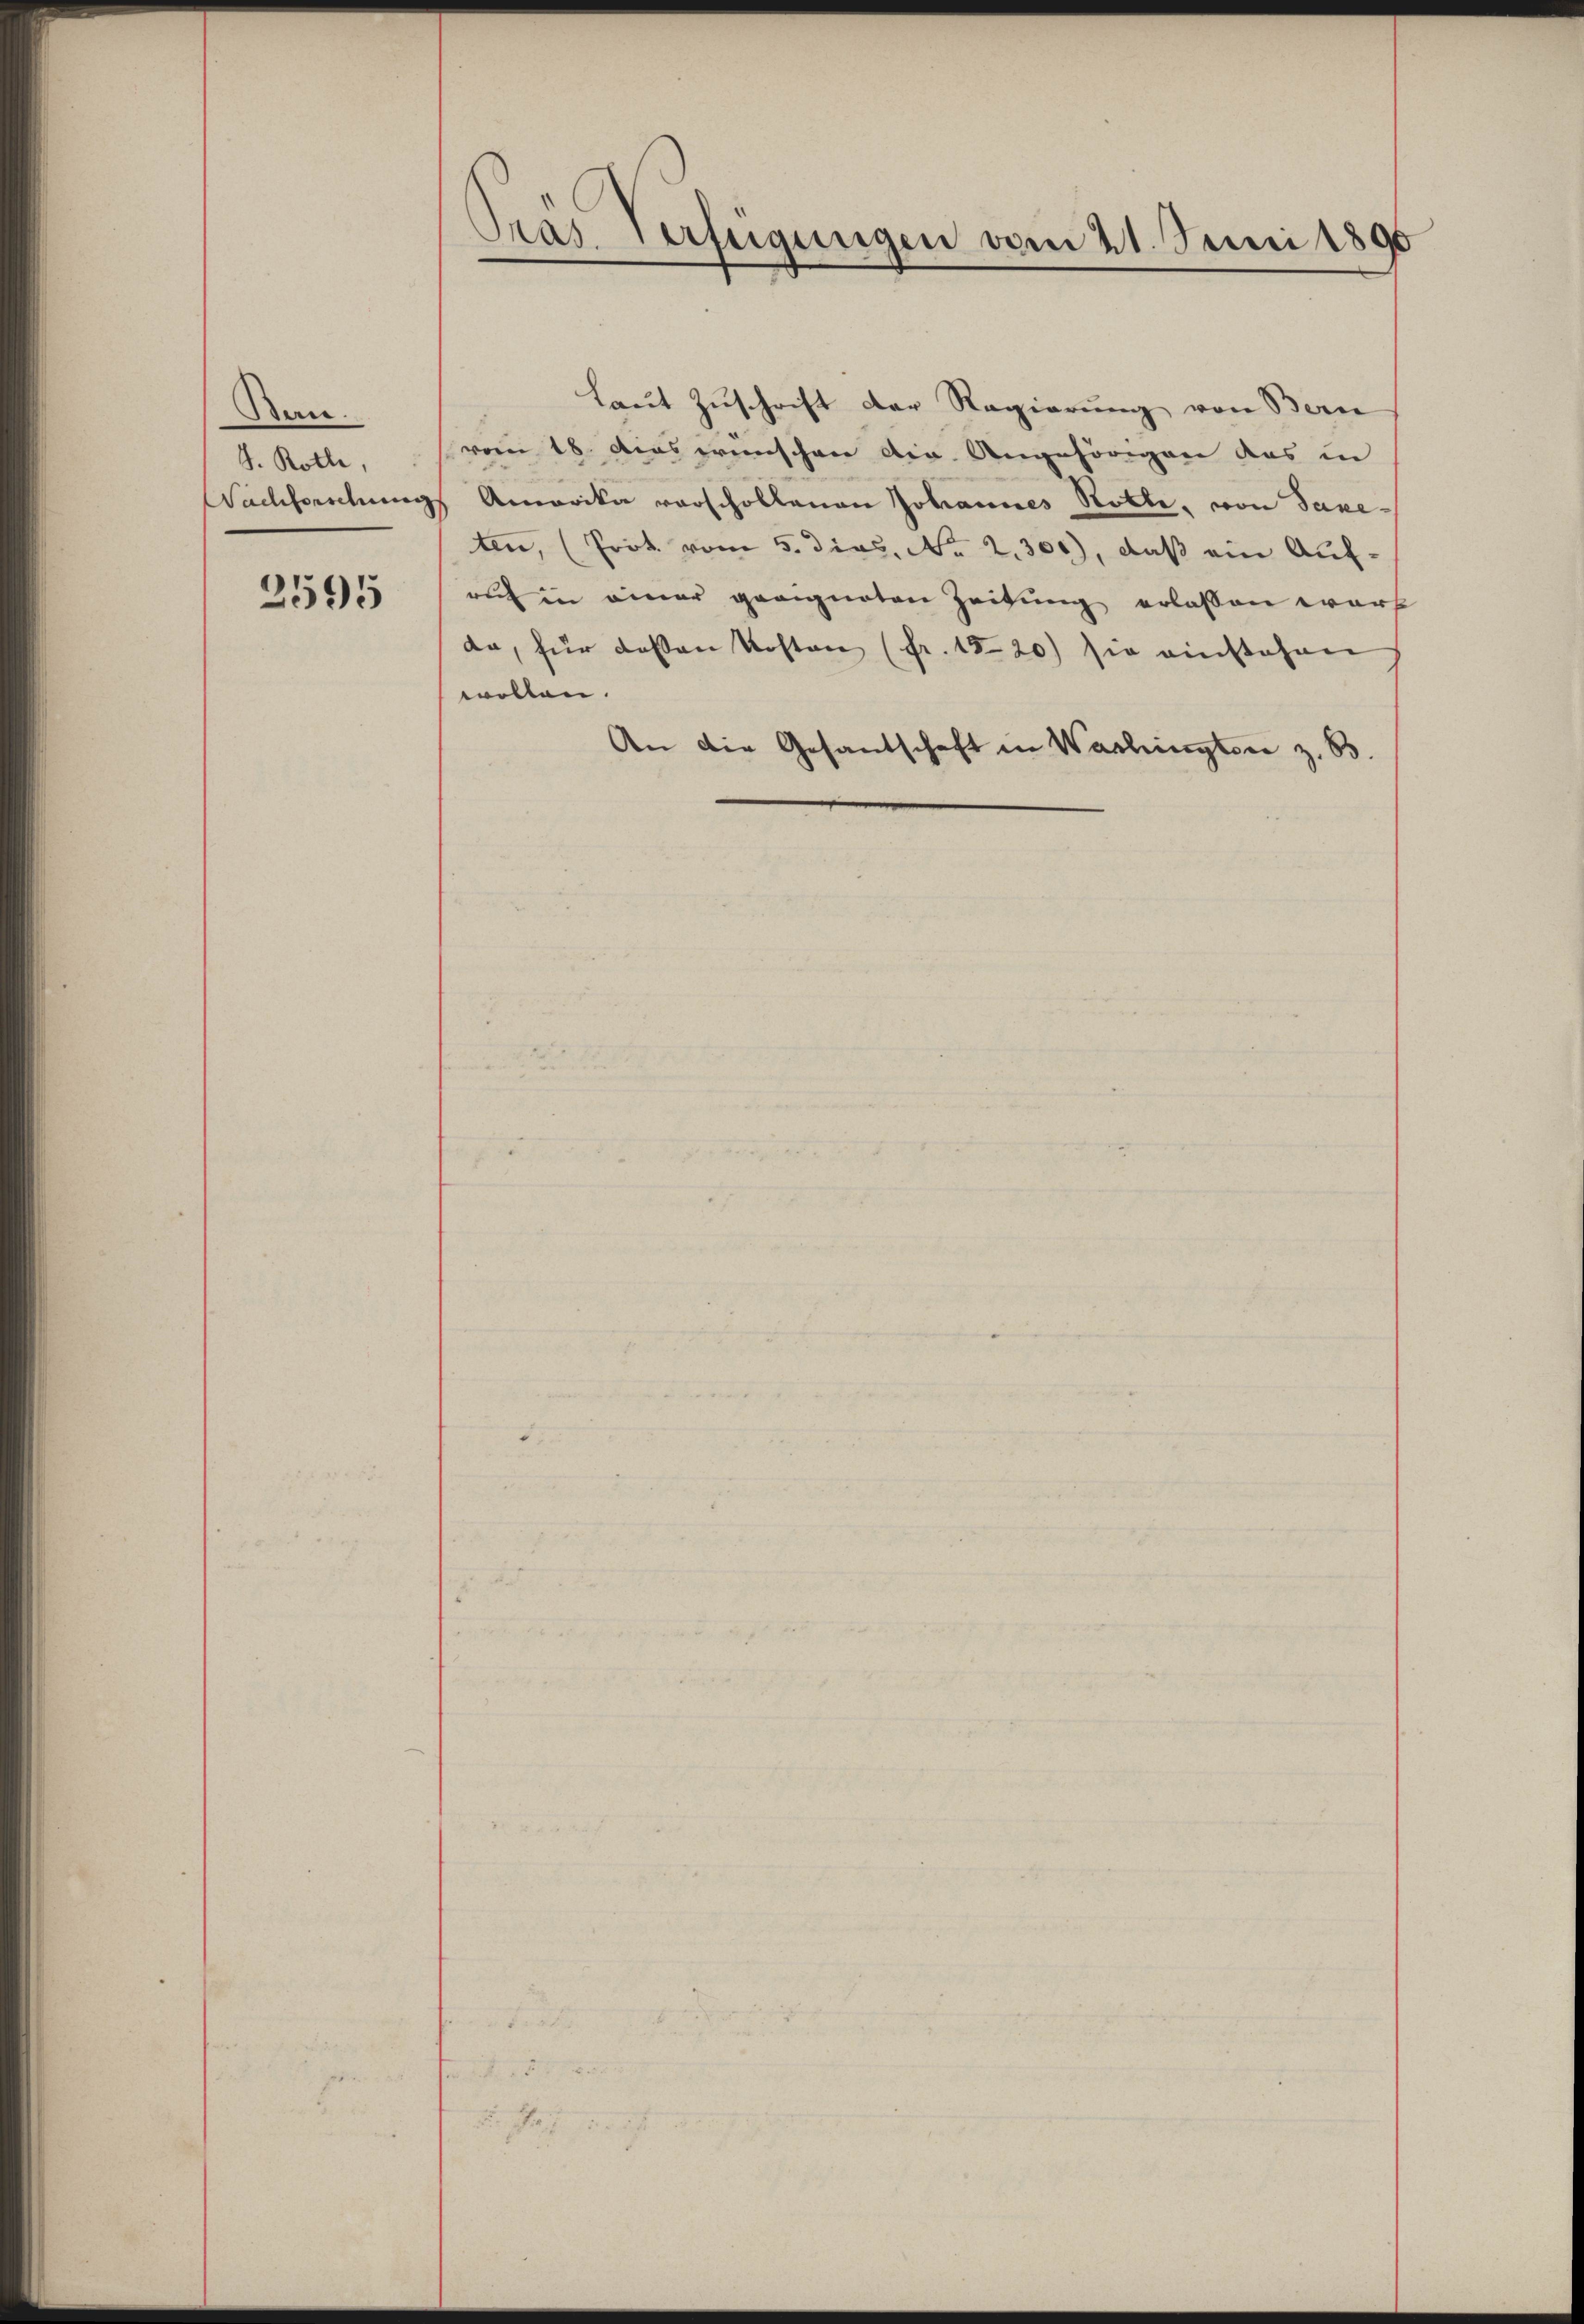
San.
J. Rotte,

2595

Pras. Verfügungen vom 21. Juni 1896

Laut Zuschrift der Regierung von Bern
vom 18. Das wünschen die Angehörigen das in
Nachforschung Amerika vorschollenen Johannes Rotte, von Saxeten, (Prok. vom 5. dies, No 2.300), daß ein Auf-
ruch in einer geeigneten Zeitung erlassen wart
da, für dassen Kosten (fr. 15-20) sie einstehen
wollen.
An die Gesandschaft in Washingten z. B.

Na